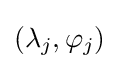
(\lambda _{j},\varphi _{j})